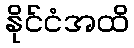
နိုင်ငံအထိ